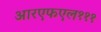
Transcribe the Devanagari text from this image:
आरएफएल१११